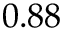
0 . 8 8